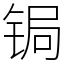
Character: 锔